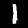
Label: 1